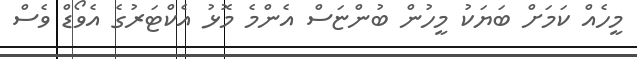
މީހެއް ކަމަށް ބަޔަކު މީހުން ބުންޏަސް އެންމެ މޮޅު އެކްޓަރުގެ އެވޯޑް ވެސް